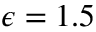
\epsilon = 1 . 5